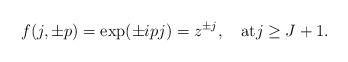
LaTeX: \begin{align*}f(j,\pm p)= \exp(\pm i p j)=z^{\pm j}, \quad{\rm {at}} j\ge J+1.\end{align*}